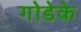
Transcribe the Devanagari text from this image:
गोडेके